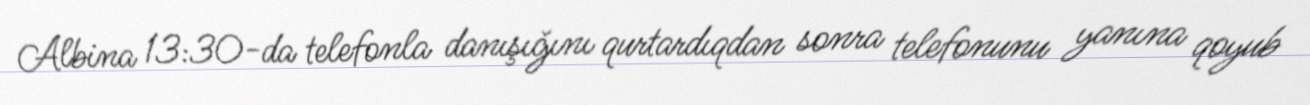
Albina 13:30-da telefonla danışığını qurtardıqdan sonra telefonunu yanına qoyub